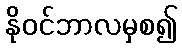
နိုဝင်ဘာလမှစ၍